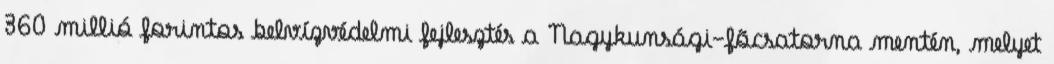
360 millió forintos belvízvédelmi fejlesztés a Nagykunsági-fõcsatorna mentén, melyet